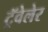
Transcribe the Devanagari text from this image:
ट्रॅवेलेर